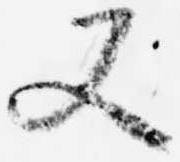
又